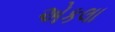
એકલા